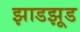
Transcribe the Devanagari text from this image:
झाडझूड